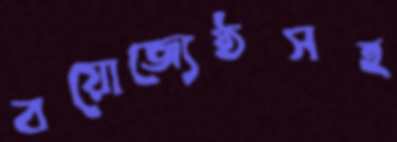
বয়োজ্যেষ্ঠসহ